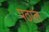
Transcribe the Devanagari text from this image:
पठाल